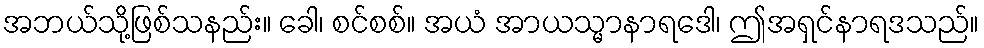
အဘယ်သို့ဖြစ်သနည်း။ ခေါ၊ စင်စစ်။ အယံ အာယသ္မာနာရဒေါ၊ ဤအရှင်နာရဒသည်။